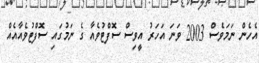
އެހެން ނަމަވެސް 2003 ވަނަ އަހަރު އީވިސް ސޮފްޓުވެއާ ގެ ނަމުގައި ސޮފްޓުވެއާއެއް